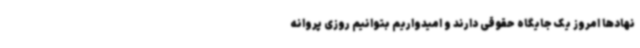
نهادها امروز یک جایگاه حقوقی دارند و امیدواریم بتوانیم روزی پروانه